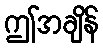
ဤအချိန်